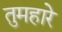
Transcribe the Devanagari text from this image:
तुमहारे